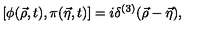
[ \phi ( { \vec { \rho } } , t ) , \pi ( { \vec { \eta } } , t ) ] = i \delta ^ { ( 3 ) } ( { \vec { \rho } } - { \vec { \eta } } ) ,